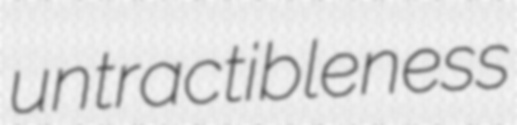
untractibleness